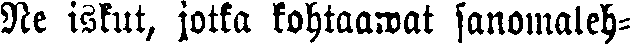
Ne iskut, jotka kohtaawat sanomaleh-